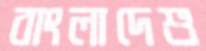
বাংলাদেশু